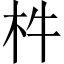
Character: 㭌